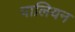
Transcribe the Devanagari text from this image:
पालियन